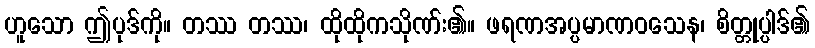
ဟူသော ဤပုဒ်ကို။ တဿ တဿ၊ ထိုထိုကသိုဏ်း၏။ ဖရဏအပ္ပမာဏဝသေန၊ စိတ္တုပ္ပါဒ်၏